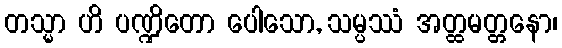
တသ္မာ ဟိ ပဏ္ဍိတော ပေါသော, သမ္ပဿံ အတ္ထမတ္တနော၊